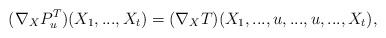
LaTeX: \begin{align*}(\nabla_{X} P^T_u)(X_1,...,X_t) = (\nabla _X T)(X_1,...,u,...,u ,..., X_{t}) ,\end{align*}